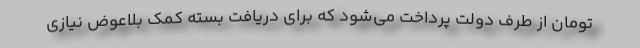
تومان از طرف دولت پرداخت می‌شود که برای دریافت بسته کمک بلاعوض نیازی